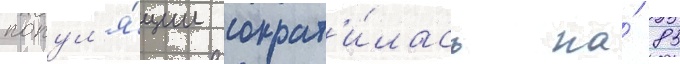
попул'я́ции сократ'и́лась на́ 85